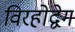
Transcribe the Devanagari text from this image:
विरहोद्वेग